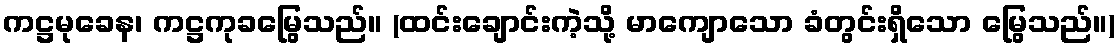
ကဋ္ဌမုခေန၊ ကဋ္ဌကုခမြွေသည်။ (ထင်းချောင်းကဲ့သို့ မာကျောသော ခံတွင်းရှိသော မြွေသည်။)